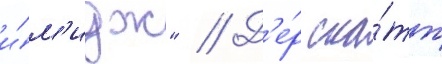
и́м'идж" // Д'е́р ска́тт